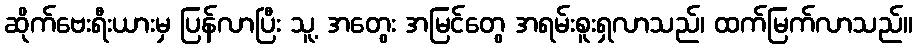
ဆိုက်ဗေးရီးယားမှ ပြန်လာပြီး သူ့ အတွေး အမြင်တွေ အရမ်းစူးရှလာသည်၊ ထက်မြက်လာသည်။